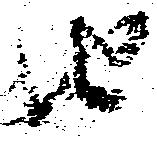
由